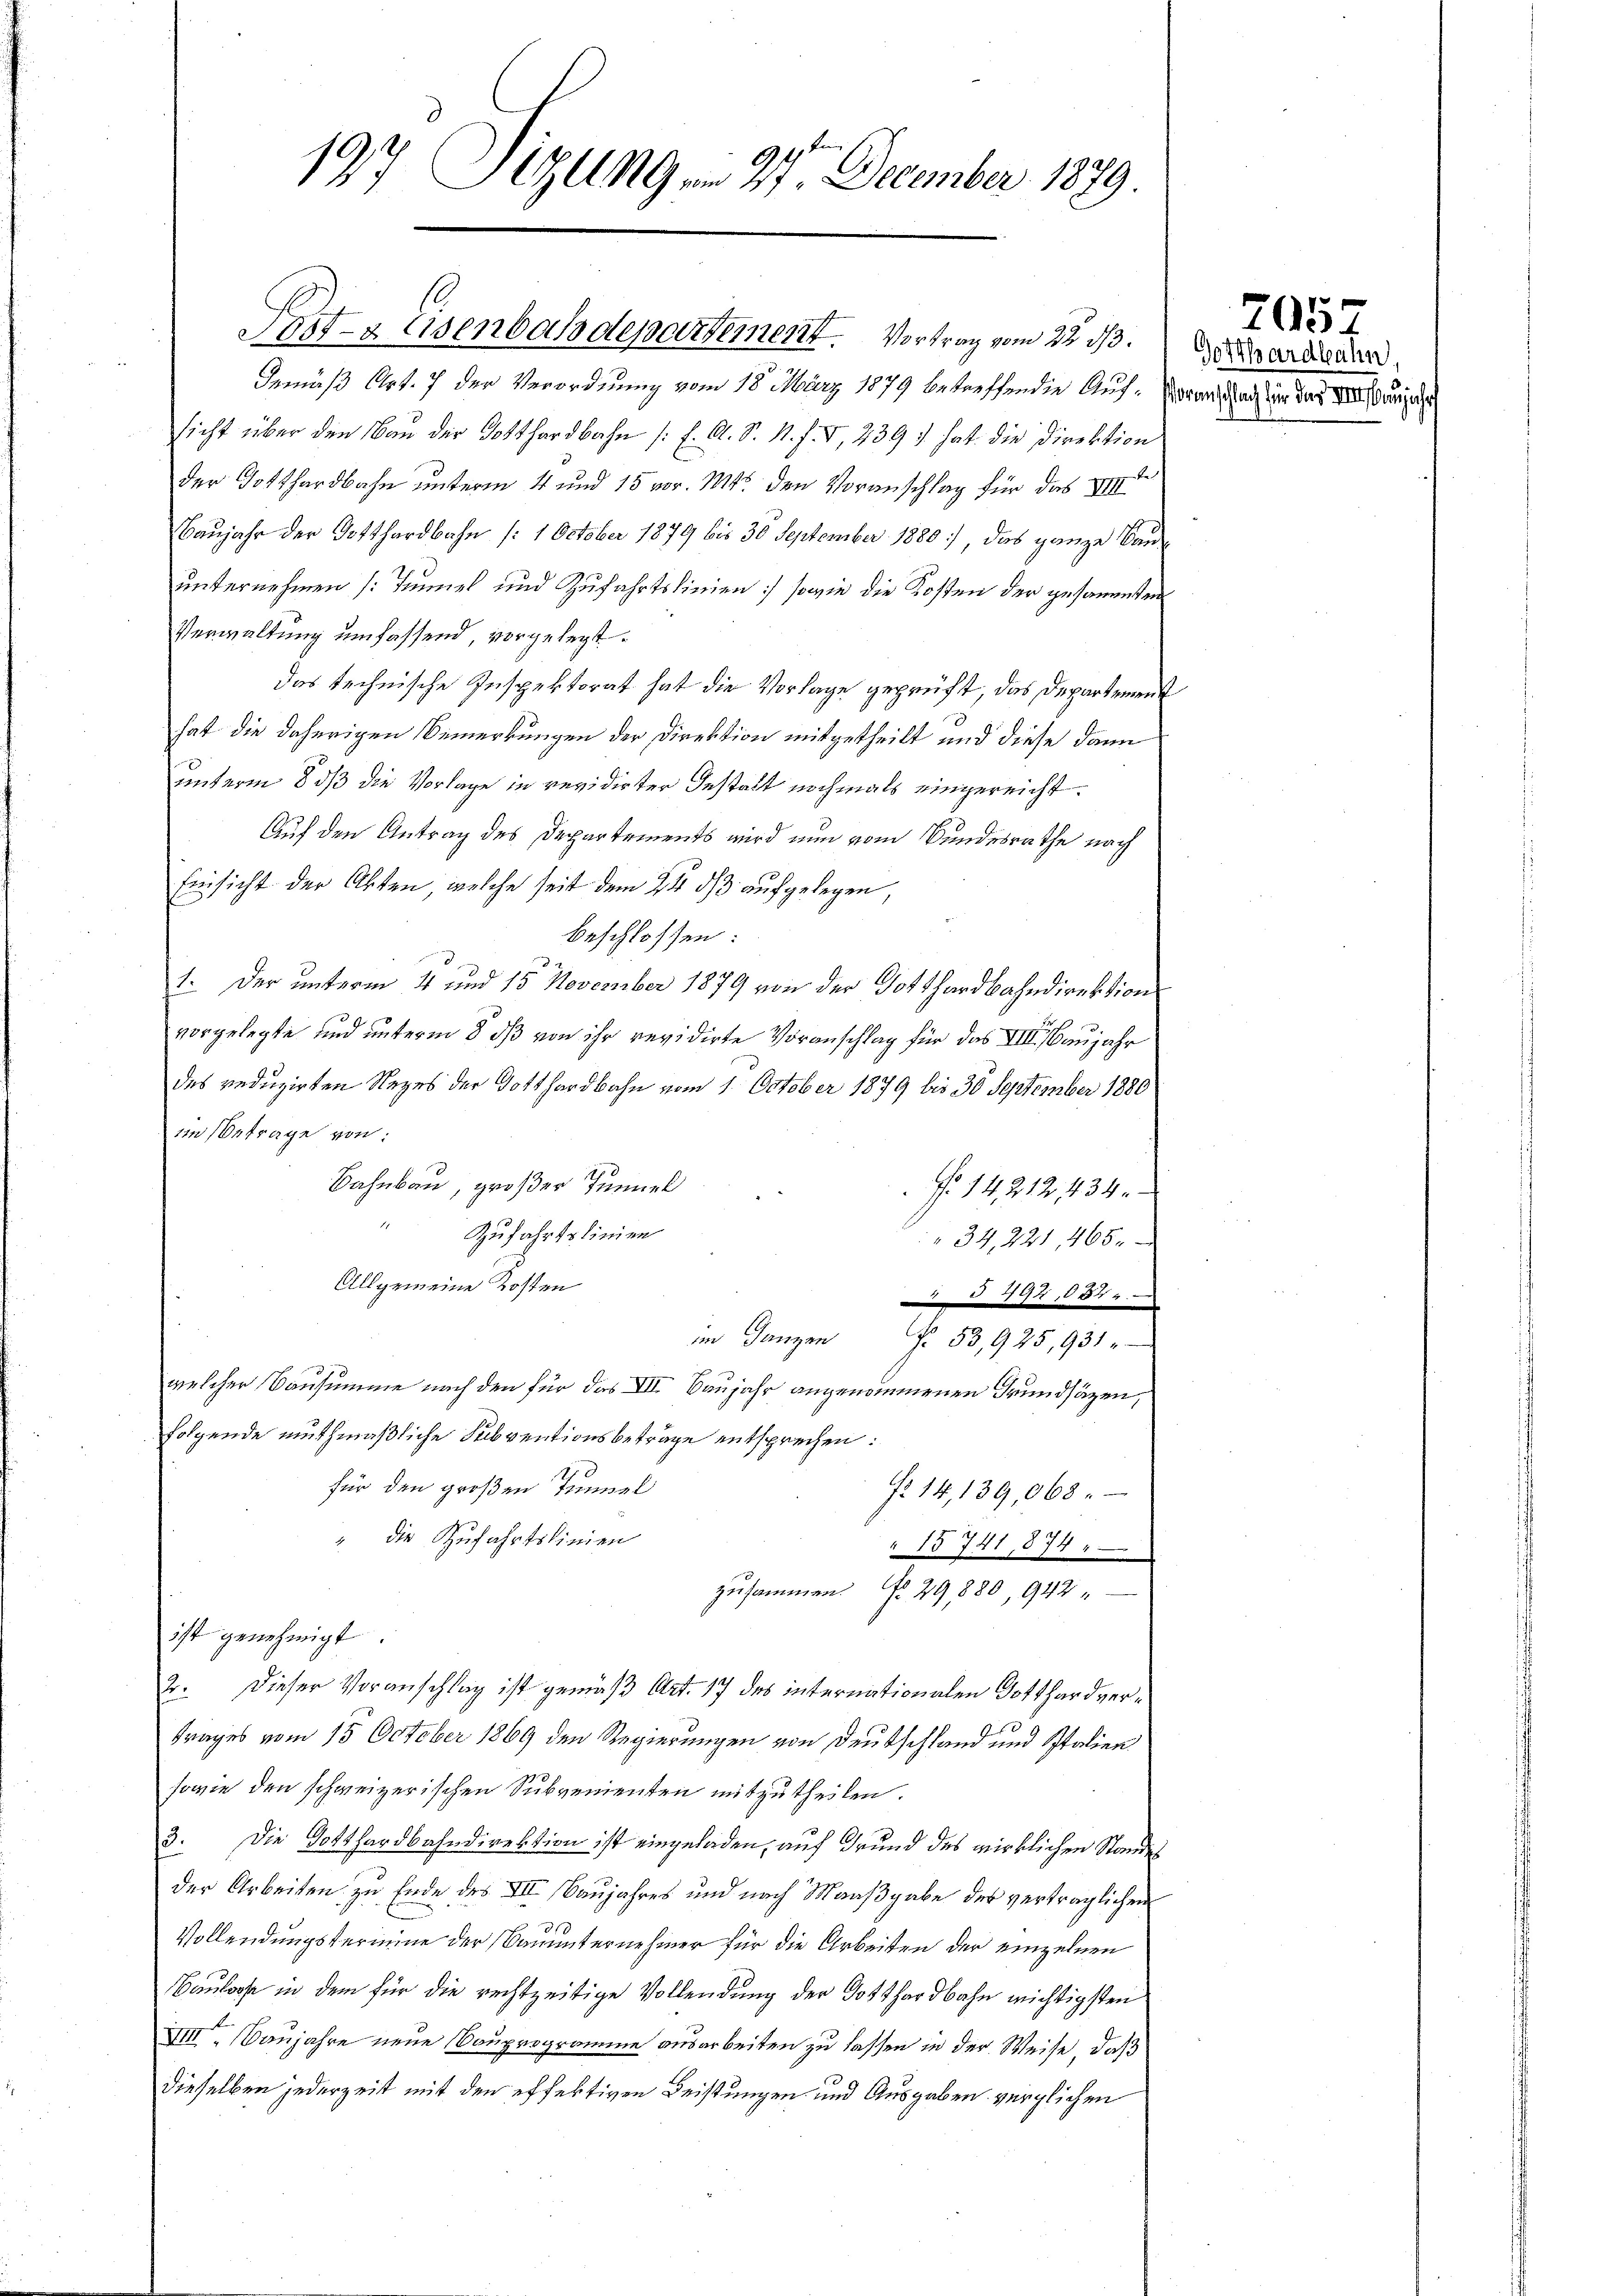
3
197. 1419 n 27. December 1879.

Post- & Eisenbahndepartement. Vortrag vom 22 1/3.

Gemäß Art. 7 der Verordnung vom 18. März 1879 betreffendie Auf- orand nach der das V. dann ich
sicht über den Bau der Totthardbahn (E. A. S. N. F. V, 239 hat die Direktion
der Gotthardbahn unterm 4 und 15 vor. Mts. den Voranschlag für das
Baujahr der Gotthardbahn /: 1 October 1879 bis 30 September 1880, das ganze Bauunternehmen (Tunnel und Zufahrtslinien) sowie die Kosten der gesammten
Verwaltung umfassend, vorgelegt.
das technische Inspektorat hat die Vorlage geprüft, das Departement
hat die daherigen Bemerkungen der Direktion mitgetheilt und diese dann
unterm 8 dß die Vorlage in revidirter Gestalt nochmals eingereicht.
Auf den Antrag des Departements wird nun vom Bundesrathe nach
Einsicht der Akten, welche seit dem 24. ds aufgelegen,
beschlossen:
1. Der unterm 4 und 15. November 1879 von der Gotthardbahndirektion
vorgelegte und unterm 8. ds von ihr revidirte Voranschlag für das VIII. Baujahr
des reduzirten Rezes der Gotthardbahn vom 1. October 1879 bis 30 September 1880
im Betrage von:
Bahnbau, großer Tunnel
No 14212, 434.
 Zufahrtslinien
" 34, 221, 465.
Allgemeine Kosten
1,022
im Ganzen f. 53,925,931.
welcher Bausumme nach den für das VII. Baujahr angenommenen Grundsäzen,
folgende muthmaßliche Subventionsbeträge entsprechen:
für den großen Trennel
No. 14, 139,068.
" die Zufahrtskinden
" 15 741, 374
zusammen. No. 29,880, 942
ist genehmigt
2. Dieser Voranschlag ist gemäß Art. 17 des internationalen Gotthard vertrages vom 15. October 1869 den Regierungen von Deutschland und Italien
sowie den schweizerischen Subvenienten mitzutheilen.
3. Die Gotthardbahndirektion ist eingeladen, auf Grund des wirklichen Standes
der Arbeiten zu Ende des III (Baujahres und nach Maaßgabe des verträglichen
31
Vollendungstermine der Sammternehmer für die Arbeiten der einzelnen
Baulose in dem für die rechtzeitige Vollendung der Gotthardbahn wichtigsten
VIII. Banjahre neue Bauprogramme ausarbeiten zu lassen in der Weise, daß
dieselben jederzeit mit den effektiven Leistungen und Ausgaben verglichen

Gotthardbahn.

705